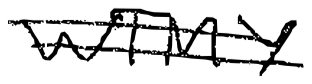
Text: WTMY
Cross-out: mix
Writing tool: digital_black